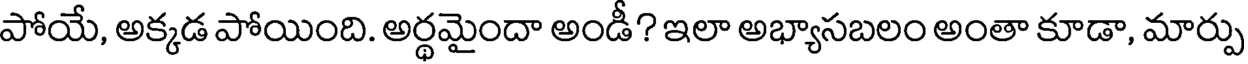
పోయే, అక్కడ పోయింది. అర్థమైందా అండీ? ఇలా అభ్యాసబలం అంతా కూడా, మార్పు